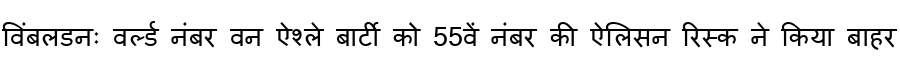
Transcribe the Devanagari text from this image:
विंबलडनः वर्ल्ड नंबर वन ऐश्ले बार्टी को 55वें नंबर की ऐलिसन रिस्क ने किया बाहर